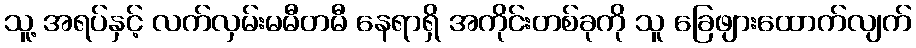
သူ့ အရပ်နှင့် လက်လှမ်းမမီတမီ နေရာရှိ အကိုင်းတစ်ခုကို သူ ခြေဖျားထောက်လျက်